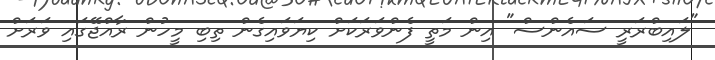
"ލައިބްރަރީ ސައެންސް" އިން މަތީ ފެންވަރަކަށް ކިޔަވައިގެން ތިބި މީހުން ރާއްޖޭގައި ވަރަށް